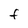
Character: F